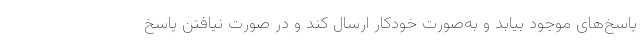
پاسخ‌های موجود بیابد و به‌صورت خودکار ارسال کند و در صورت نیافتن پاسخ